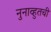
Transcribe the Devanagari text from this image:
नुनाव्हुतची